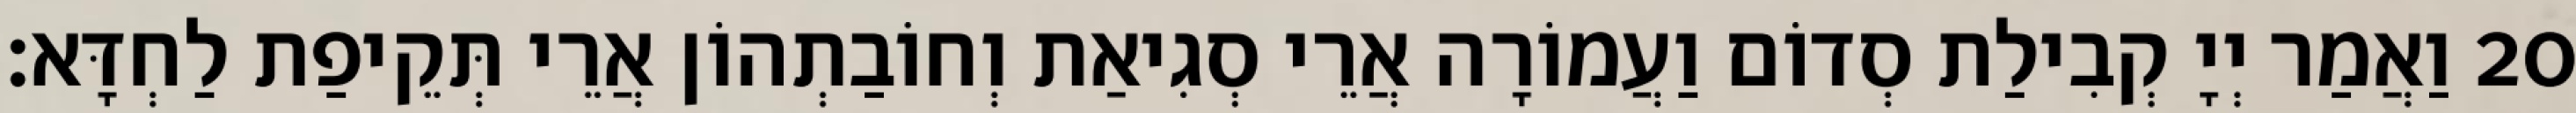
20 וַאֲמַר יְיָ קְבִילַת סְדוֹם וַעֲמוֹרָה אֲרֵי סְגִיאַת וְחוֹבַתְהוֹן אֲרֵי תְּקֵיפַת לַחְדָּא׃